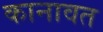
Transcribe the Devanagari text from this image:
कानावत